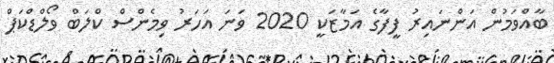
ބާއްވަމުން އަންނައިރު ފީފާގެ އަމާޒަކީ 2020 ވަނަ އަހަރު ވިމެންސް ކްލަބް ވޯލްޑްކަޕް